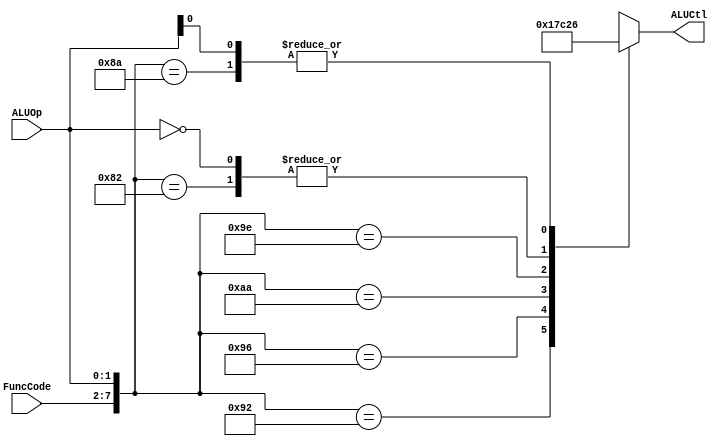
`timescale 1ns / 1ps
//*******************************************************//
// This document contains information proprietary        //
// to the CSULB student that created the                 //
// file - any reuse without adequate approval and        //
// documentation is prohibited                           //
//                                                       //
// Class:      <CECS 440>                                //
// Project:    <ALU Control>                             //
//                                                       //
// Created by <Jose Sotelo> on <March 15, 2018>          // 
//                                                       //
// Abstract: Control Unit that tells the datapath        //           
//           with connections are necessary to           //
//           implement the ISA.                          //
//                                                       //
// In submitting this file for class work at CSULB       //
// I am confirming that this is my work and the work     //
// of no one else.                                       // 
//                                                       //
// In the event other code source are utilized I will    //
// document which portion og code and who is the author  //
//                                                       //
// In submitting this code I acknowledge that plagiarism //
// in student project work is subject to dismissal from  //
// the class                                             //
//*******************************************************//
module ALU_Control(FuncCode, ALUOp, ALUCtl);

     input     [5:0]     FuncCode;
     input     [1:0]     ALUOp;
     
     output    [3:0]     ALUCtl;
     
     reg       [3:0]     ALUCtl;
     
     always @(*)
     begin
          //casex : Treats x and z as don't care.
          casex({FuncCode, ALUOp})                      // R-Type Instructions
               8'b100000_10   :    ALUCtl <= 4'b0010;   // add
               8'b100010_10   :    ALUCtl <= 4'b0110;   // subtract
               8'b100100_10   :    ALUCtl <= 4'b0000;   // and
               8'b100101_10   :    ALUCtl <= 4'b0001;   // or
               8'b101010_10   :    ALUCtl <= 4'b0111;   // slt
               8'b100111_10   :    ALUCtl <= 4'b1100;   // nor
                                             
                                                        // I-Type Instructions
               8'bxxxxxx_00   :    ALUCtl <= 4'b0010;   // lw/sw
               8'bxxxxxx_x1   :    ALUCtl <= 4'b0110;   // branch
               default        :    ALUCtl <= 4'bxxxx;   // Invalid output
          endcase
     end
endmodule